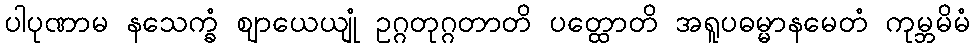
ပါပုဏာမ နသေက္ခံ ဈာယေယျုံ ဥဂ္ဂတုဂ္ဂတာတိ ပတ္ထောတိ အရူပဓမ္မာနမေတံ ကုမ္ဘမိမံ